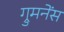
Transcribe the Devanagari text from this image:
ग्रुमनेंस